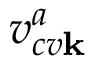
v _ { c v \mathbf { k } } ^ { a }